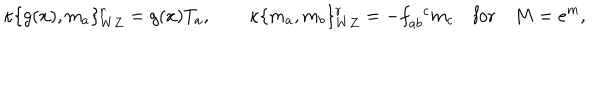
\kappa \{ g ( x ) , m _ { a } \} _ { W Z } ^ { r } = g ( x ) T _ { a } , \qquad \kappa \{ m _ { a } , m _ { b } \} _ { W Z } ^ { r } = - f _ { a b } ^ { \phantom { a b } c } m _ { c } \quad \mathrm { f o r } \quad M = e ^ { m } ,